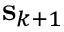
\mathbf { s } _ { k + 1 }